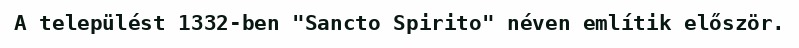
A települést 1332-ben "Sancto Spirito" néven említik először.